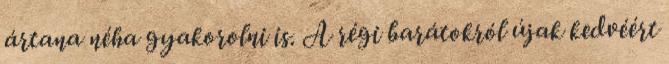
ártana néha gyakorolni is. A régi barátokról újak kedvéért